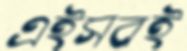
এইসবই